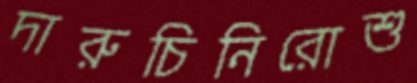
দারুচিনিরোশু